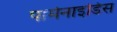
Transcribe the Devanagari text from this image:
पार्मेनाइडिस